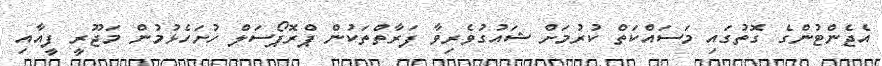
އެޖެންޓުންގެ ގޮތުގައި މަސައްކަތް ކުރުމަށް ޝައުގުވެރިވާ ފަރާތްތަކުން ޕްރޮޕޯސަލް ހުށަހެޅުމުން މަޖޫރީ ފީއާއި